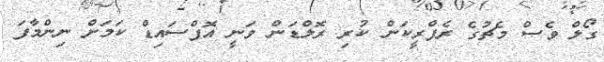
ގޯލް ވެސް މެޗުގެ ރެފްރީކަން ކުރި ރޮލްޑަން ވަނީ އޮފްސައިޑް ކަމަށް ނިންމާފަ